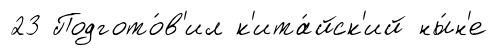
23 Подгото́в'ил к'ита́йск'ий ны́н'е